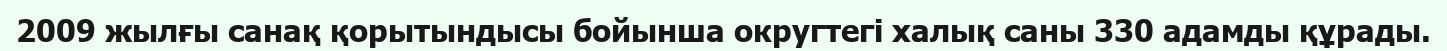
2009 жылғы санақ қорытындысы бойынша округтегі халық саны 330 адамды құрады.